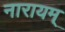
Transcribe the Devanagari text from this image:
नारायम्